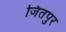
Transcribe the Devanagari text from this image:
जितपुर